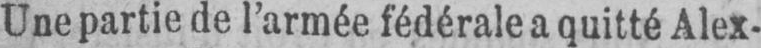
Une partie de l’armée fédérale a quitté Alex-